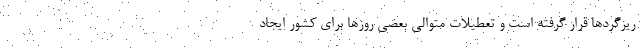
ریزگردها قرار گرفته است و تعطیلات متوالی بعضی روزها برای کشور ایجاد